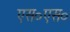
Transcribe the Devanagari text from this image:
एस०एस०